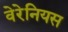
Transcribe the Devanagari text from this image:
वेरेनियस